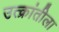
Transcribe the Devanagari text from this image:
उत्क्रांतीला